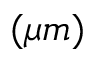
( \mu m )